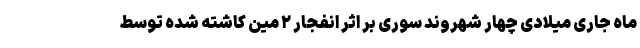
ماه جاری میلادی چهار شهروند سوری بر اثر انفجار ۲ مین کاشته شده توسط